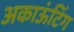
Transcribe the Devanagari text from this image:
अकाऊंटिंग